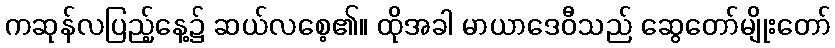
ကဆုန်လပြည့်နေ့၌ ဆယ်လစေ့၏။ ထိုအခါ မာယာဒေဝီသည် ဆွေတော်မျိုးတော်